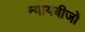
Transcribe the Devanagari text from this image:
न्यायबीजों